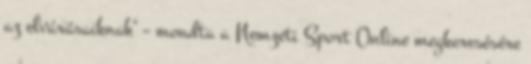
az elvárásaiknak" – mondta a Nemzeti Sport Online megkeresésére